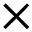
\times